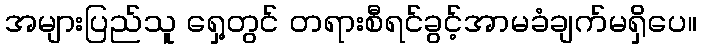
အများပြည်သူ ရှေ့တွင် တရားစီရင်ခွင့်အာမခံချက်မရှိပေ။